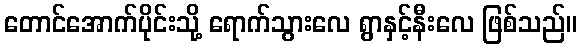
တောင်အောက်ပိုင်းသို့ ရောက်သွားလေ ရွာနှင့်နီးလေ ဖြစ်သည်။